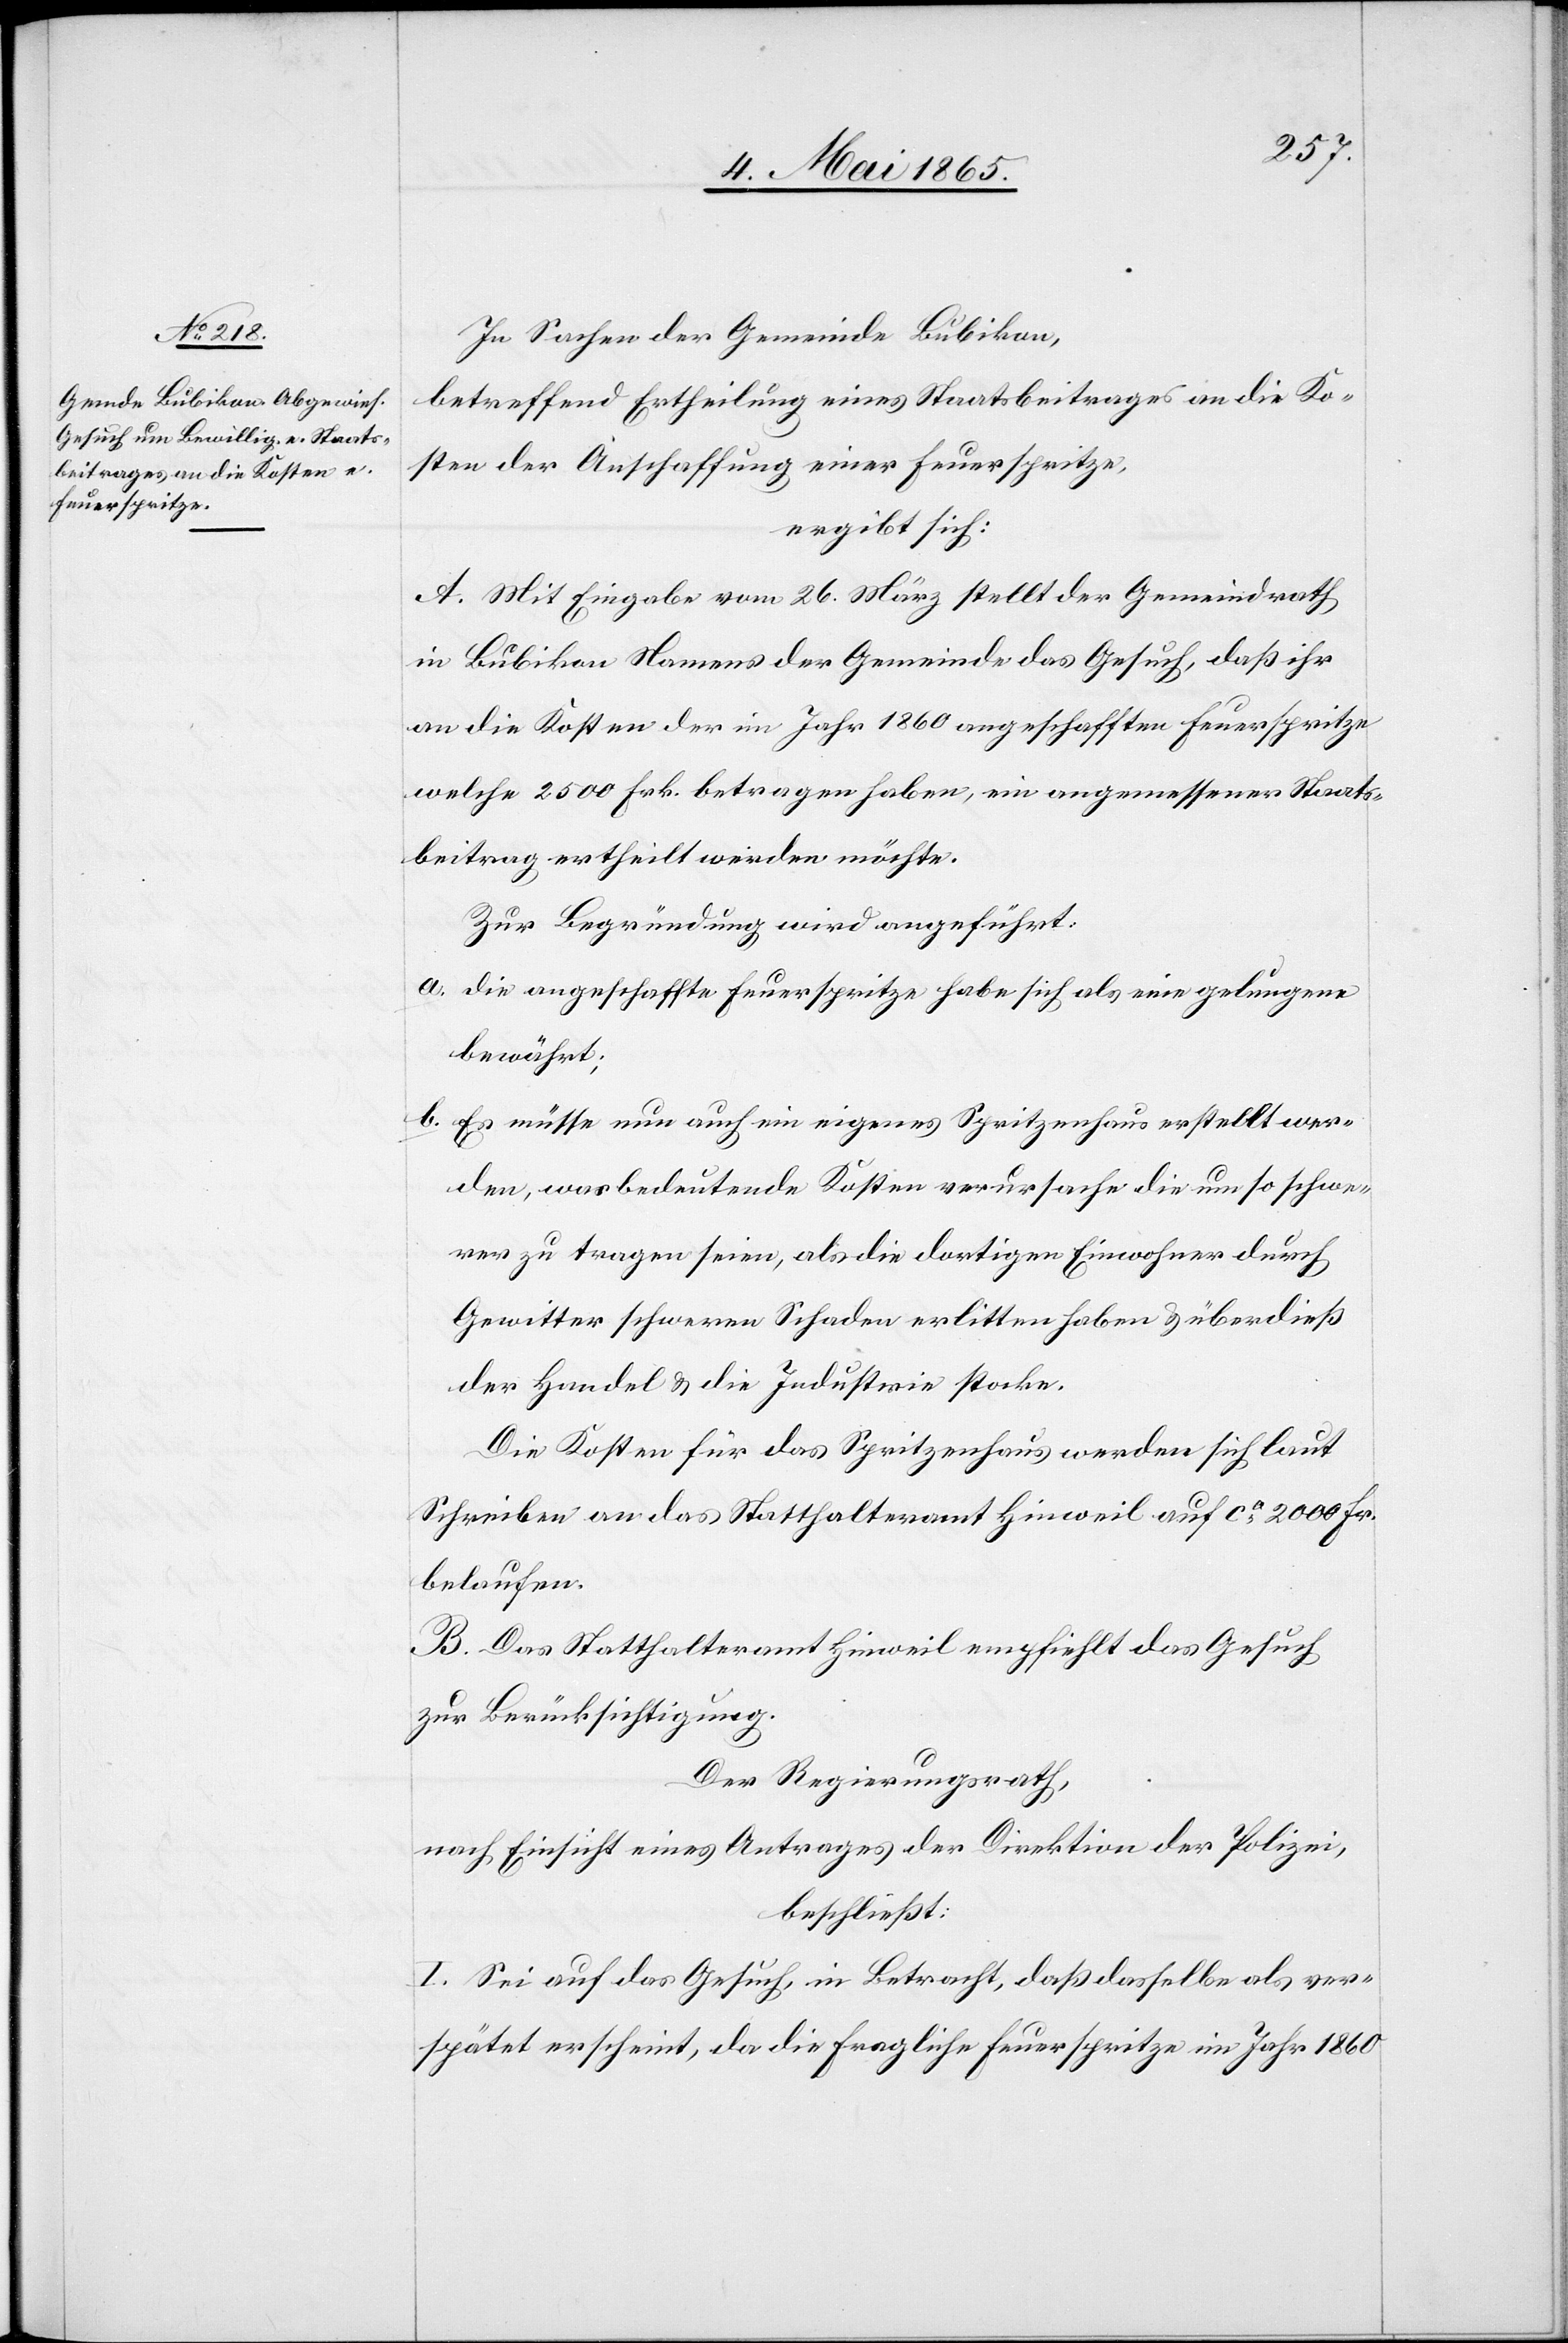
In Sachen der Gemeinde Bubikon,
betreffend Ertheilung eines Staatsbeitrages an die Ko¬
sten der Anschaffung einer Feuerspritze,
ergibt sich:
A. Mit Eingabe vom 26. März stellt der Gemeindrath
in Bubikon Namens der Gemeinde das Gesuch, daß ihr
an die Kosten der im Jahr 1860 angeschafften Feuerspritze
welche 2500 Frk. betragen haben, ein angemessener Staats¬
beitrag ertheilt werden möchte.
Zur Begründung wird angeführt:
a. die angeschaffte Feuerspritze habe sich als eine gelungene
bewährt;
b. Es müsse nun auch ein eigenes Spritzenhaus erstellt wer¬
den, was bedeutende Koten verursache die um so schwe¬
rer zu tragen seien, als die dortigen Einwohner durch
Gewitter schweren Schaden erlitten haben & überdieß
der Handel & die Industrie stocke.
Die Kosten für das Spritzenhaus werden sich laut
Schreiben an das Statthalteramt Hinweil auf ca 2000 Fr.
belaufen.
B. Das Statthalteramt Hinweil empfiehlt das Gesuch
zur Berücksichtigung.
Der Regierungsrath,
nach Einsicht eines Antrages der Direktion der Polizei,
beschließt:
I. Sei auf das Gesuch in Betracht, daß dasselbe als ver¬
spätet erscheint, da die fragliche Feuerspritze im Jahr 1860